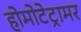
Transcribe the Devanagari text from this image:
होमोटेट्रामर